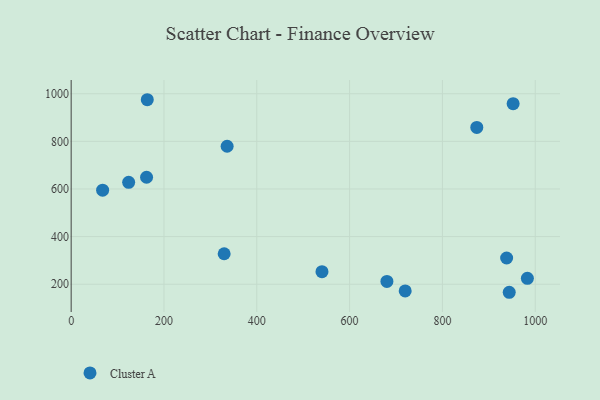
{"axis": {"x": "Distance", "y": "Profit"}, "legend": ["Cluster A"], "data": [{"x": "952.4", "y": 958.3, "type": "Cluster A"}, {"x": "719.8", "y": 171.9, "type": "Cluster A"}, {"x": "164.0", "y": 974.8, "type": "Cluster A"}, {"x": "680.4", "y": 211.7, "type": "Cluster A"}, {"x": "540.5", "y": 252.9, "type": "Cluster A"}, {"x": "938.4", "y": 310.1, "type": "Cluster A"}, {"x": "336.1", "y": 779.5, "type": "Cluster A"}, {"x": "162.5", "y": 649.2, "type": "Cluster A"}, {"x": "983.1", "y": 224.6, "type": "Cluster A"}, {"x": "329.7", "y": 328.0, "type": "Cluster A"}, {"x": "67.8", "y": 594.9, "type": "Cluster A"}, {"x": "874.1", "y": 858.6, "type": "Cluster A"}, {"x": "123.9", "y": 627.9, "type": "Cluster A"}, {"x": "944.0", "y": 166.2, "type": "Cluster A"}]}